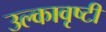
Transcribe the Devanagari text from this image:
उल्कावृष्टी